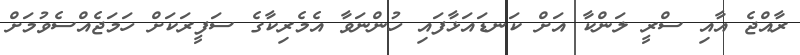
ރާއްޖެ އާއި ސްރީ ލަންކާ އަށް ކަނޑައަޅާފައި ހުންނަވާ އެމެރިކާގެ ސަފީރަކަށް ހަމަޖެއްސެވުމަށް